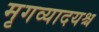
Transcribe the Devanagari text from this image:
मृगव्यादयश्च